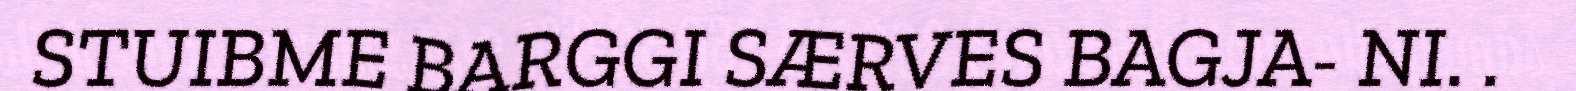
STUIBME BARGGI SÆRVES BAGJA- NI. .